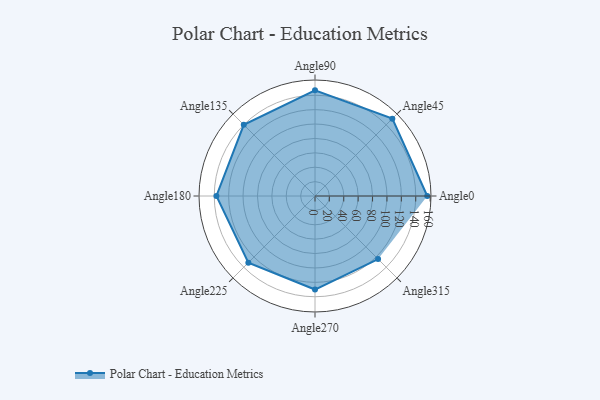
{"axis": {"x": "Angle", "y": "Radius"}, "legend": [""], "data": [{"x": "Angle0", "y": 156.0, "type": ""}, {"x": "Angle45", "y": 152.0, "type": ""}, {"x": "Angle90", "y": 147.0, "type": ""}, {"x": "Angle135", "y": 140.0, "type": ""}, {"x": "Angle180", "y": 137.0, "type": ""}, {"x": "Angle225", "y": 131.0, "type": ""}, {"x": "Angle270", "y": 130.0, "type": ""}, {"x": "Angle315", "y": 124.0, "type": ""}]}